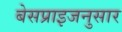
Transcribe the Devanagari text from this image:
बेसप्राइजनुसार